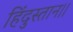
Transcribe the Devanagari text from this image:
हिंदुस्तान।।